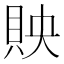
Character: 𧵌